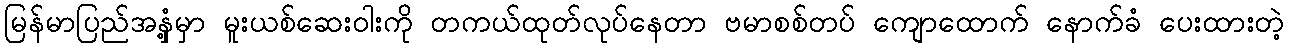
မြန်မာပြည်အနှံ့မှာ မူးယစ်ဆေးဝါးကို တကယ်ထုတ်လုပ်နေတာ ဗမာစစ်တပ် ကျောထောက် နောက်ခံ ပေးထားတဲ့